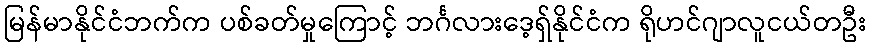
မြန်မာနိုင်ငံဘက်က ပစ်ခတ်မှုကြောင့် ဘင်္ဂလားဒေ့ရှ်နိုင်ငံက ရိုဟင်ဂျာလူငယ်တဦး